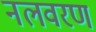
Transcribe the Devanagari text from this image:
नलवरण